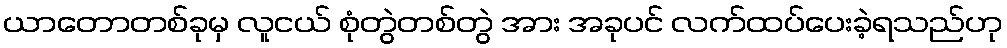
ယာတောတစ်ခုမှ လူငယ် စုံတွဲတစ်တွဲ အား အခုပင် လက်ထပ်ပေးခဲ့ရသည်ဟု